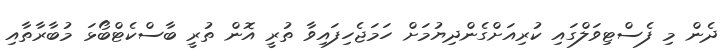
ދެން މި ފެސްޓިވަލްގައި ކުރިއަށްގެންދިޔުމަށް ހަމަޖެހިފައިވާ ތުރީ އޮން ތުރީ ބާސްކެޓްބޯޅަ މުބާރާތާއި